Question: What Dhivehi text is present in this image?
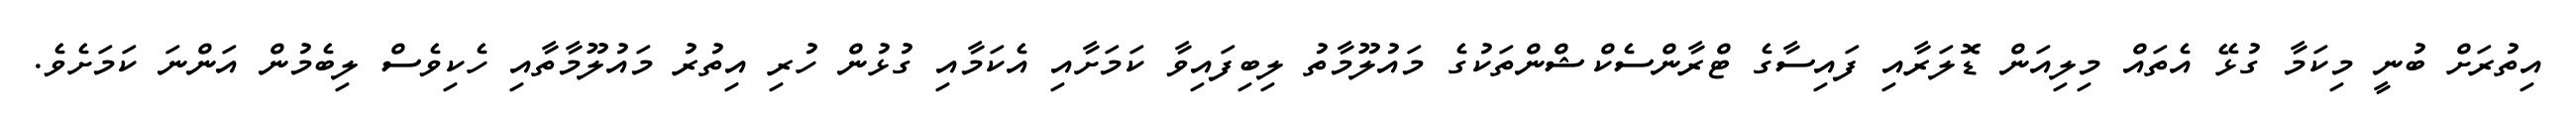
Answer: އިތުރަށް ބުނީ މިކަމާ ގުޅޭ އެތައް މިލިއަން ޑޮލަރާއި ފައިސާގެ ޓްރާންސެކްޝްންތަކުގެ މައުލޫމާތު ލިބިފައިވާ ކަމަށާއި އެކަމާއި ގުޅުން ހުރި އިތުރު މައުލޫމާތާއި ހެކިވެސް ލިބެމުން އަންނަ ކަމަށެވެ.